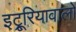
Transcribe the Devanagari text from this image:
इट्रूरियावालों